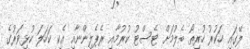
ލޭގައި ހަކުރު ހުރިތޯ ބެލުމަށް ޓެސްޓު ކުރުމާއި ރެޕެލިންނާއި އެކި ކަހަލަ ކުޅިވަރުގެ